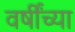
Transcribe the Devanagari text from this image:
वर्षींच्या